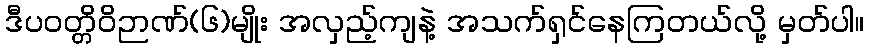
ဒီပဝတ္တိဝိဉာဏ်(၆)မျိုး အလှည့်ကျနဲ့ အသက်ရှင်နေကြတယ်လို့ မှတ်ပါ။